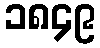
၁၈၄၉